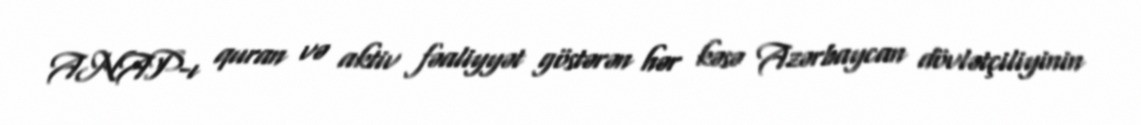
ANAP-ı quran və aktiv fəaliyyət göstərən hər kəsə Azərbaycan dövlətçiliyinin